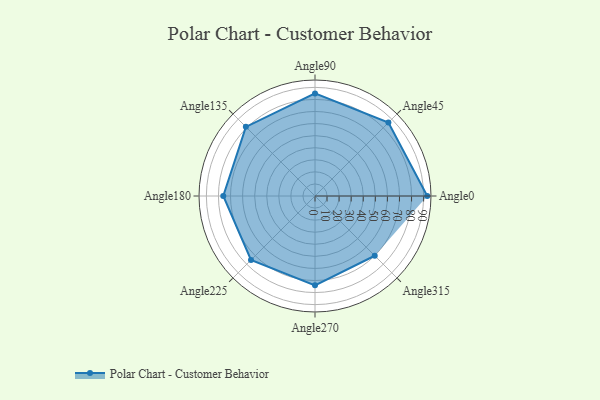
{"axis": {"x": "Angle", "y": "Radius"}, "legend": [""], "data": [{"x": "Angle0", "y": 93.0, "type": ""}, {"x": "Angle45", "y": 86.0, "type": ""}, {"x": "Angle90", "y": 85.0, "type": ""}, {"x": "Angle135", "y": 81.0, "type": ""}, {"x": "Angle180", "y": 76.0, "type": ""}, {"x": "Angle225", "y": 75.0, "type": ""}, {"x": "Angle270", "y": 74.0, "type": ""}, {"x": "Angle315", "y": 70.0, "type": ""}]}